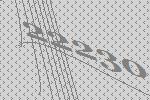
22230